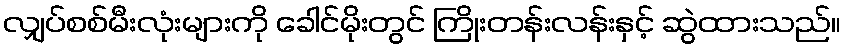
လျှပ်စစ်မီးလုံးများကို ခေါင်မိုးတွင် ကြိုးတန်းလန်းနှင့် ဆွဲထားသည်။